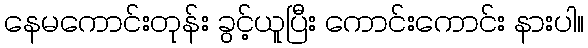
နေမကောင်းတုန်း ခွင့်ယူပြီး ကောင်းကောင်း နားပါ။